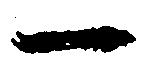
一